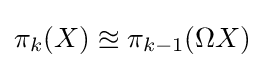
\pi _{k}(X)\approxeq \pi _{k-1}(\Omega X)